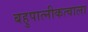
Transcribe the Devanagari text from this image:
बहुपात्नीकत्वाला